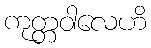
ကုတ္တဝါလေဟိ